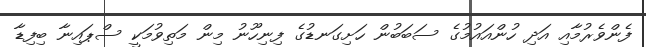
ފެންވެރުމާއި އަދި ހުންއައުމުގެ ސަބަބުން ހަށިގަނޑުގެ ފިނިހޫނު މިން މަތިވުމަކީ ސްޕައިނާ ބިފިޑާ